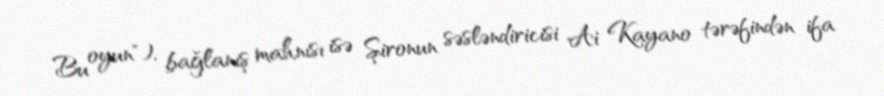
Bu oyun"), bağlanış mahnısı isə Şironun səsləndiricisi Ai Kayano tərəfindən ifa